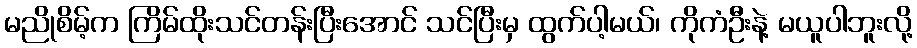
မညိုစိမ့်က ကြိမ်ထိုးသင်တန်းပြီးအောင် သင်ပြီးမှ ထွက်ပါ့မယ်၊ ကိုကံဦးနဲ့ မယူပါဘူးလို့